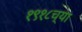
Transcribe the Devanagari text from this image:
१९१८च्या